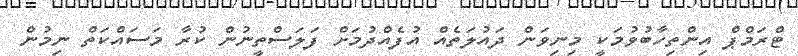
ޓްރަމްޕް އިންތިހާބުވުމަކީ މިނިވަން ދައުލަތެއް އުފެއްދުމަށް ފަލަސްތީނުން ކުރާ މަސައްކަތް ނިމުން